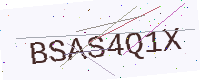
Text: BSAS4Q1X